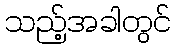
သည့်အခါတွင်